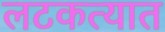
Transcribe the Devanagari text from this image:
लटकत्यात